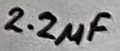
Text: 2.2µF